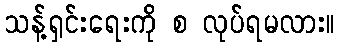
သန့်ရှင်းရေးကို စ လုပ်ရမလား။